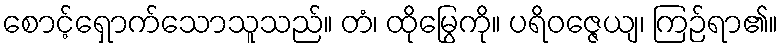
စောင့်ရှောက်သောသူသည်။ တံ၊ ထိုမြွေကို။ ပရိဝဇ္ဇေယျ၊ ကြဉ်ရာ၏။